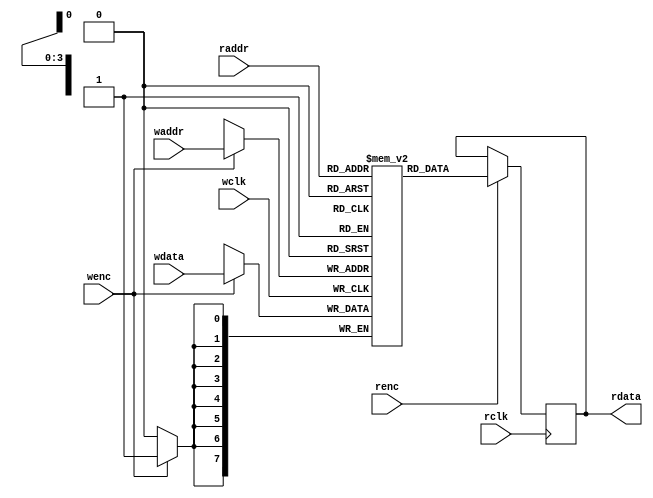
`timescale 1ns / 1ps
//////////////////////////////////////////////////////////////////////////////////
// Company: 
// Engineer: 
// 
// Design Name: 
// Module Name: asyn_fifo
// Project Name: 
// Target Devices: 
// Tool Versions: 
// Description: 
// 
// Dependencies: 
// 
// Revision:
// Revision 0.01 - File Created
// Additional Comments:
// 
//////////////////////////////////////////////////////////////////////////////////


/***************************************RAM*****************************************/
module dual_port_RAM #(parameter DEPTH = 16,
                       parameter WIDTH = 8)(
     input wclk
    ,input wenc
    ,input [$clog2(DEPTH)-1:0] waddr    //2
    ,input [WIDTH-1:0] wdata            //
    ,input rclk
    ,input renc
    ,input [$clog2(DEPTH)-1:0] raddr    //2
    ,output reg [WIDTH-1:0] rdata       //
);

reg [WIDTH-1:0] RAM_MEM [0:DEPTH-1];

always @(posedge wclk) begin
    if(wenc)
        RAM_MEM[waddr] <= wdata;
end 

always @(posedge rclk) begin
    if(renc)
        rdata <= RAM_MEM[raddr];
end 

endmodule  


module asyn_fifo#(
    parameter   WIDTH = 8,
    parameter   DEPTH = 16
)(
    input                       wclk,
    input                       rclk,
    input                       wrstn,
    input                       rrstn,
    input                       winc,
    input                       rinc,
    input           [WIDTH-1:0] wdata,
    output  wire                wfull,
    output  wire                rempty,
    output  wire    [WIDTH-1:0] rdata
    );


localparam  FIFO_ADDR_WIDTH = $clog2(DEPTH);

wire    [0 : 0]                     MSBExtendWAddr;
wire    [0 : 0]                     MSBExtendRAddr;

wire    [FIFO_ADDR_WIDTH - 1 : 0]   wAddr;
wire    [FIFO_ADDR_WIDTH - 1 : 0]   rAddr;

reg     [FIFO_ADDR_WIDTH : 0]       extendWAddr;
reg     [FIFO_ADDR_WIDTH : 0]       extendRAddr;

wire    [FIFO_ADDR_WIDTH : 0]       extendGrayWAddr;
wire    [FIFO_ADDR_WIDTH : 0]       extendGrayRAddr;


// Ref: Clifford E. Cummings 
assign MSBExtendWAddr = extendWAddr[FIFO_ADDR_WIDTH : FIFO_ADDR_WIDTH];
assign MSBExtendRAddr = extendRAddr[FIFO_ADDR_WIDTH : FIFO_ADDR_WIDTH];
assign wAddr = extendWAddr[FIFO_ADDR_WIDTH - 1: 0];
assign rAddr = extendRAddr[FIFO_ADDR_WIDTH - 1: 0];

// Bin to Gray
assign extendGrayWAddr = extendWAddr ^ (extendWAddr >> 1);
assign extendGrayRAddr = extendRAddr ^ (extendRAddr >> 1);

always@(posedge wclk or negedge wrstn)
    if(!wrstn)
        extendWAddr <= 0;
    // else if(wfull)
    //     extendWAddr <=0;
    else if(winc && !wfull)
        extendWAddr <= extendWAddr + 1'd1;
    else
        extendWAddr <= extendWAddr;

always@(posedge rclk or negedge rrstn)
    if(!rrstn)
        extendRAddr <= 0;
    // else if(rempty)
    //     extendRAddr <=0;
    else if(rinc && !rempty)
        extendRAddr <= extendRAddr + 1'd1;
    else
        extendRAddr <= extendRAddr;

// Tap as intrducing the the combination logic
reg     [FIFO_ADDR_WIDTH : 0]       extendGrayWAddrReg;
reg     [FIFO_ADDR_WIDTH : 0]       extendGrayRAddrReg;

always@(posedge wclk or negedge wrstn)
    if(!wrstn)
        extendGrayWAddrReg <= 'd0;
    else
        extendGrayWAddrReg <= extendGrayWAddr;

always@(posedge rclk or negedge rrstn)
    if(!rrstn)
        extendGrayRAddrReg <= 'd0;
    else
        extendGrayRAddrReg <= extendGrayRAddr;

reg     [FIFO_ADDR_WIDTH : 0]       extendGrayW2RAddrReg1;
reg     [FIFO_ADDR_WIDTH : 0]       extendGrayR2WAddrReg1;

reg     [FIFO_ADDR_WIDTH : 0]       extendGrayW2RAddrReg2;
reg     [FIFO_ADDR_WIDTH : 0]       extendGrayR2WAddrReg2;


always@(posedge rclk or negedge rrstn)
    if(!rrstn) begin
        extendGrayW2RAddrReg1 <= 'd0;
        extendGrayW2RAddrReg2 <= 'd0;
    end
    else begin
        extendGrayW2RAddrReg1 <= extendGrayWAddrReg;
        extendGrayW2RAddrReg2 <= extendGrayW2RAddrReg1;
    end

always@(posedge wclk or negedge wrstn)
    if(!wrstn) begin
        extendGrayR2WAddrReg1 <= 'd0;
        extendGrayR2WAddrReg2 <= 'd0;
    end
    else begin
        extendGrayR2WAddrReg1 <= extendGrayRAddrReg;
        extendGrayR2WAddrReg2 <= extendGrayR2WAddrReg1;
    end
// Finished to tap

// wfull and rempty
wire    MSBExtendGrayR2WAddrReg2;
wire    MSBExtendGrayW2RAddrReg2;

assign MSBExtendGrayR2WAddrReg2 = extendGrayR2WAddrReg2[FIFO_ADDR_WIDTH : FIFO_ADDR_WIDTH - 1];
assign MSBExtendGrayW2RAddrReg2 = extendGrayW2RAddrReg2[FIFO_ADDR_WIDTH : FIFO_ADDR_WIDTH - 1];

assign wfull    = (extendGrayWAddr == {~MSBExtendGrayR2WAddrReg2, extendGrayR2WAddrReg2[FIFO_ADDR_WIDTH - 2 : 0]});
assign rempty   = (extendGrayRAddr == extendGrayR2WAddrReg2);

dual_port_RAM #(
    .DEPTH(DEPTH),
    .WIDTH(WIDTH)
)dual_port_RAM_inst(
    .wclk   (clk),
    .wenc   (winc && ~wfull),
    .waddr  (wAddr),
    .wdata  (wdata),
    .rclk   (clk),
    .renc   (rinc && ~rempty),
    .raddr  (rAddr),
    .rdata  (rdata)
);

endmodule